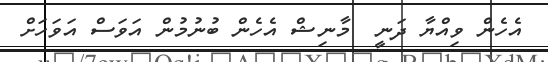
އެހެން ވިއްޔާ ދަނީ  މާނިޝް އެހެން ބުނުމުން އަވަސް އަވަހަށް